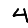
Digit: 4